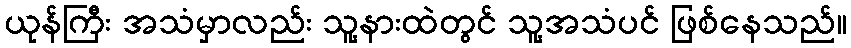
ယုန်ကြီး အသံမှာလည်း သူ့နားထဲတွင် သူ့အသံပင် ဖြစ်နေသည်။